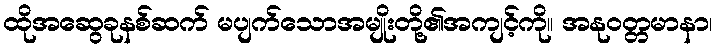
ထိုအဆွေခုနစ်ဆက် မပျက်သောအမျိုးတို့၏အကျင့်ကို။ အနုဝတ္တမာနာ၊